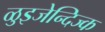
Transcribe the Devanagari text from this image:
ळुइजेन्दिज्क